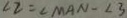
\angle 2 = \angle M A N - \angle 3